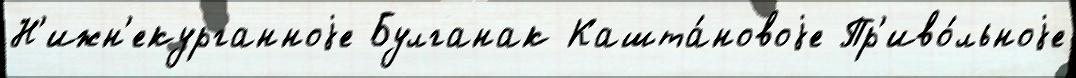
Н'ижн'екурганноjе Булганак Кашта́новоjе Пр'иво́льноjе